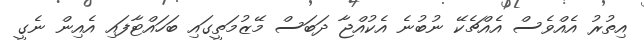
އިތުރު އެއްވެސް އެއްޗެކޭ ނުބުނެ އެކުއްޖާ ދަބަސް މޭޒުމަތީގައި ބަހައްޓާފައި އެއިން ނެގީ